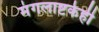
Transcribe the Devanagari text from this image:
मंगलाष्टकेही